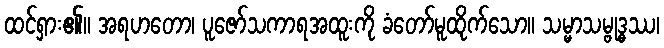
ထင်ရှား၏။ အရဟတော၊ ပူဇော်သကာရအထူးကို ခံတော်မူထိုက်သော။ သမ္မာသမ္ဗုဒ္ဓဿ၊